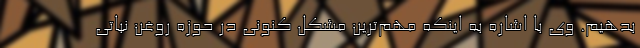
بدهیم. وی با اشاره به اینکه مهم‌ترین مشکل کنونی در حوزه روغن نباتی